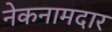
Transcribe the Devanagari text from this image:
नेकनामदार